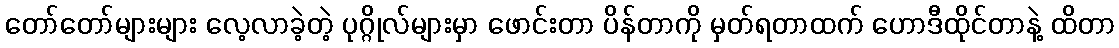
တော်တော်များများ လေ့လာခဲ့တဲ့ ပုဂ္ဂိုလ်များမှာ ဖောင်းတာ ပိန်တာကို မှတ်ရတာထက် ဟောဒီထိုင်တာနဲ့ ထိတာ